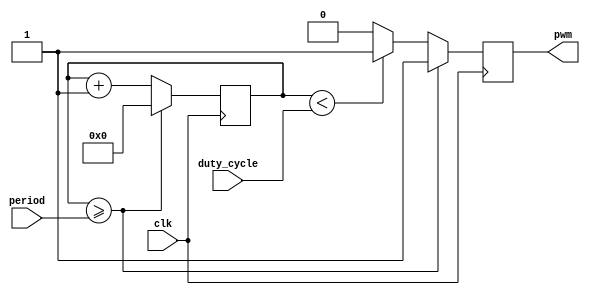
module pwm_generator(
    input [7:0] duty_cycle,
    input [15:0] period,
    input clk,
    output reg pwm
);

reg [15:0] count;

always @(posedge clk) begin
    count <= count + 1;
    if (count >= period) begin
        count <= 0;
        pwm <= 1;
    end else begin
        if (count < duty_cycle) begin
            pwm <= 1;
        end else begin
            pwm <= 0;
        end
    end
end

endmodule